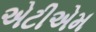
એટીએમ